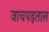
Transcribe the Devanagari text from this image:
जाचपड़ताल